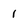
Character: 1